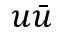
u \bar { u }